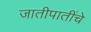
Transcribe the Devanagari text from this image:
जातीपातींचे